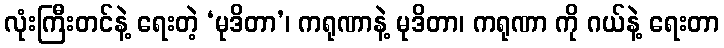
လုံးကြီးတင်နဲ့ ရေးတဲ့ ‘မုဒိတာ’၊ ကရုဏာနဲ့ မုဒိတာ၊ ကရုဏာ ကို ဂယ်နဲ့ ရေးတာ